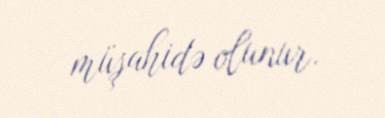
müşahidə olunur.